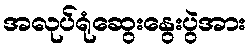
အလုပ်ရုံဆွေးနွေးပွဲအား